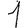
Digit: 1